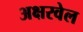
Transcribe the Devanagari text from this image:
अक्षरवेल